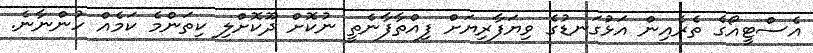
އެސްޓީއޯގެ ތެރެއިން އަޅުގަނޑުގެ ވިޔަފާރިޔަށް ފިއްތާފާނެތީ ނުކޮށް ދޫކޮށްލި ކިތަންމެ ކަމެއް ހުންނާނެ.